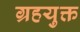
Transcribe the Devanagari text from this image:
ग्रहयुक्त